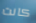
كانت